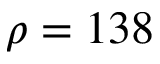
\rho = 1 3 8